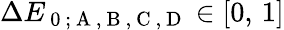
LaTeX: \Delta E_{\mathrm{~0~;~A~,~B~,~C~,~D~}}\in[0,\, 1]